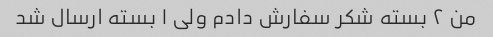
من ۲ بسته شکر سفارش دادم ولی ۱ بسته ارسال شد